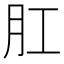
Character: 肛